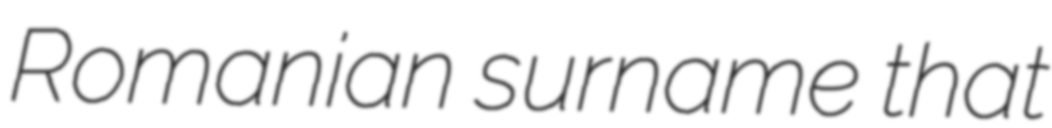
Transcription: Romanian surname that